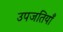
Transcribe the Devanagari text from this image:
उपजतियाँ